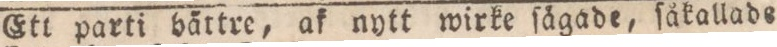
Ett parti bättre, af nytt wirke ſägade, ſåkallade